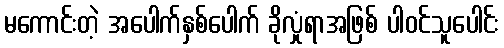
မကောင်းတဲ့ အပေါက်နှစ်ပေါက် ခိုလှုံရာအဖြစ် ပါဝင်သူပေါင်း